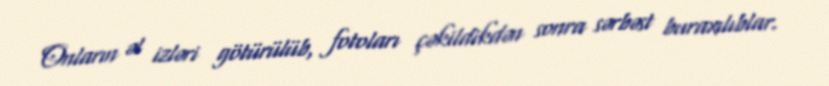
Onların əl izləri götürülüb, fotoları çəkildikdən sonra sərbəst buraxılıblar.